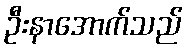
ဦးနာအောက်သည်